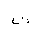
Letter: _ta